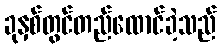
ခုနှစ်တွင်တည်ထောင်ခဲ့သည်